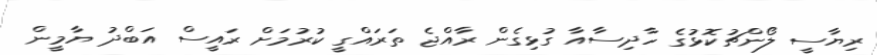
ރިޔާސީ ލޯންޗުކޮޅުގެ ހާދިސާއާ ގުޅިގެން ރާއްޖެ ތަރައްގީ ކުރުމަށް ރައީސް އަބްދު ޔާމީން